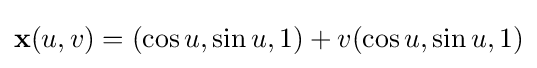
\mathbf {x} (u,v)=(\cos u,\sin u,1)+v(\cos u,\sin u,1)